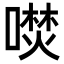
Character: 𭊦